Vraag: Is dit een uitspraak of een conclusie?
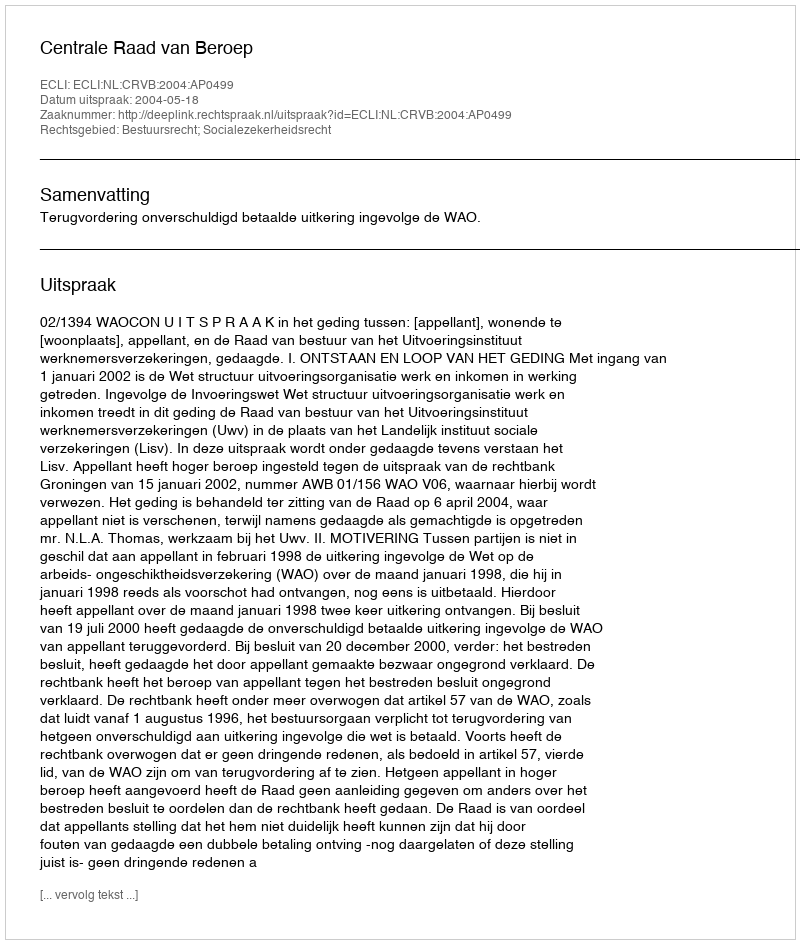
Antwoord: Uitspraak